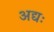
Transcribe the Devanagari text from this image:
अद्यः